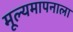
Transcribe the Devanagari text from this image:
मूल्यमापनाला